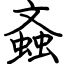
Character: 螡